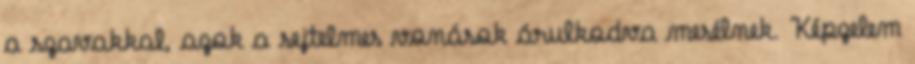
a szavakkal, azok a sejtelmes vonások árulkodva mesélnek. Képzelem